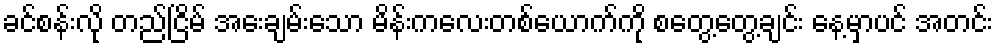
ခင်စန်းလို တည်ငြိမ် အေးချမ်းသော မိန်းကလေးတစ်ယောက်ကို စတွေ့တွေ့ချင်း နေ့မှာပင် အတင်း